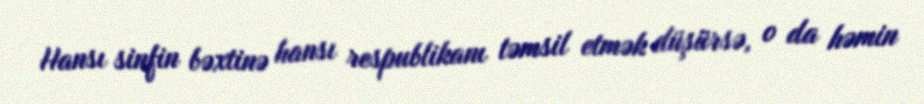
Hansı sinfin bəxtinə hansı respublikanı təmsil etmək düşürsə, o da həmin